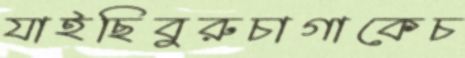
যাইছিবুরুচাগাকেচ